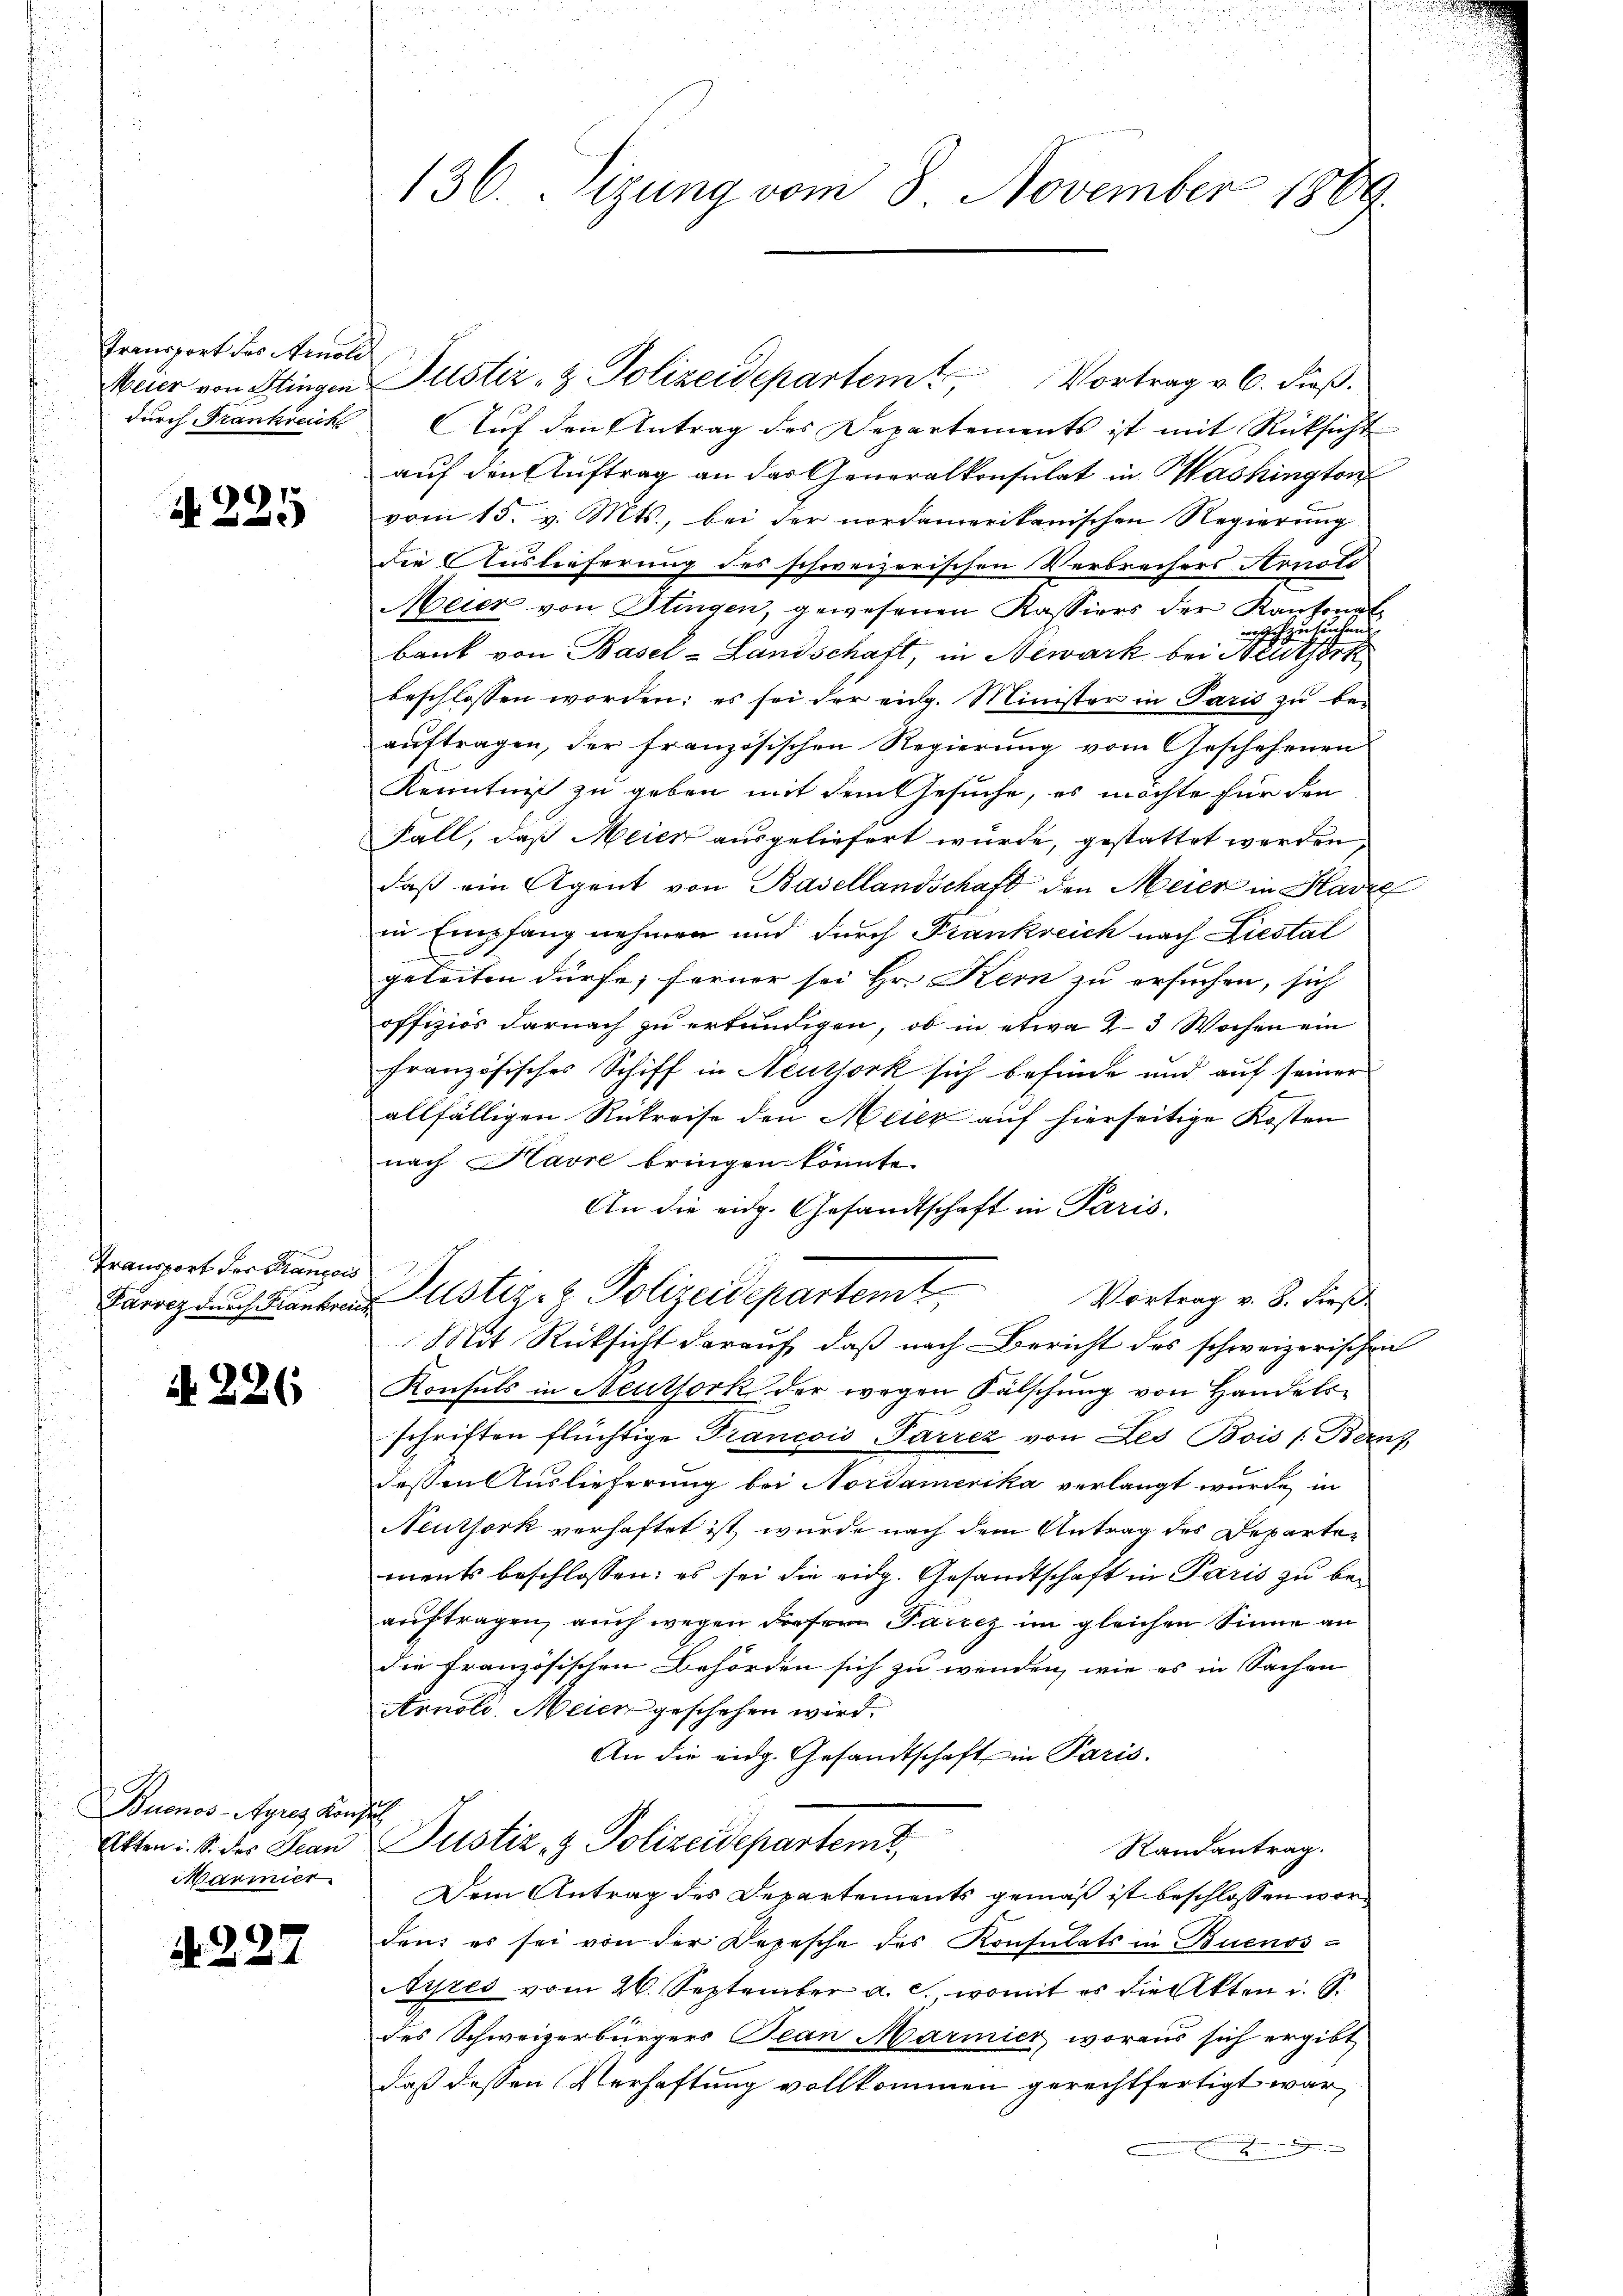
Transport des Arnole
Meier von Stingen
durch Frankreich

N 225

Transport der Plancois
Pärrez durch Frankreuz

N 226

Buenos-Ayres Konse
Akten i. S. des Jean
Marmer

A. 227

f

136. Sizung vom 8. November 1889

Justiz- & Polizeidepartem Vortrag v. 6. dieß.
Auf den Antrag des Departements ist mit Rücksicht
auf den Auftrag an der Generalkonsulat in Washington
vom 15. v. Mts., bei der nordamerikanischen Regierung
die Auslieferung des schweizerischen Verbrechers Arnold
Meier von Stingen, gewesenen Kassiers der Kantonal-
achzusuchen.
bank von Basel-Landschaft, in Newark bei Neuthork
beschlossen worden; es sei der eidg. Minister in Paris zu be-
auftragen, der französischen Regierung vom Geschehenen
Kenntniß zu geben mit dem Gesuche, es möchte für den
Fall, daß Meier ausgeliefert wurde, gestattet werden
daß ein Agent von Basellandschaft den Meier in Har
in Empfang nehmen und durch Frankreich nach Liestal
geleiten dürfe; ferner sei Hr. Kern zu ersuchen, sich
offiziös darnach zu ertändigen, ob in etwa 2–3 Wochen ein
französisches Schiff in Neutjork sich befinde und auf seiner
allfälligen Rükreise den Meier auf hierseitige Kosten
nach Havre bringen könnte.
An die eidg. Gesandtschaft in Paris.
Dustiz- & Polizeidepartem Vortrag v. 8. dieß
Mit Rücksicht darauf, daß nach Bericht des schweizerischen
Konsuls in Neuthork der wegen Fälschung von Handelsschriften flüchtige Francois Parrez von Les Bois (Bans,
dessen Auslieferung bei Nordamerika verlangt wurde, in
Neuthork verhaftet ist, wurde nach dem Antrag des Departements beschlossen: es sei die eidg. Gesandtschaft in Paris zu beauftragen, auch wegen diesem Parcz im gleichen Sinne an
die Französischen Behörden sich zu wenden, wie es in Sachen
Arnold. Meier geschehen wird.
An die eidg. Gesandtschaft in Paris.
Justiz- & Polizeideparteme,
Randantrag.
Dem Antrag des Departements gemäß ist beschlossen worden, es sei von der Depesche des Konsulats in Buenos-
Ayres vom 26. September a. c. womit es die Akten i. S.
des Schweizerbürgers Tean Marmier woraus sich ergibt
daß dessen Verhaftung vollkommen gerechtfertigt war,
n